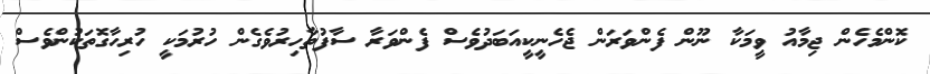
ކޮންމެހެން ޖިމާއު ވީމަކާ ނޫން ފެންވަރަން ޖެހެނީކީއަބަދުވެސް ފެންވަރާ ސާފުތާހިރުވެގެން ހުރުމަކީ ހުރިހާގޮތަކުންވެސް